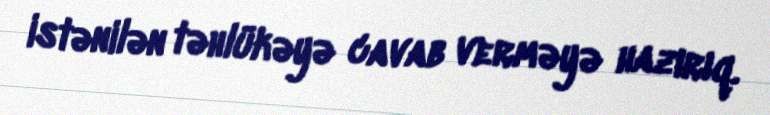
istənilən təhlükəyə cavab verməyə hazırıq.